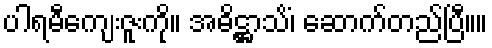
ပါရမီကျေးဇူးကို။ အဓိဋ္ဌာသိံ၊ ဆောက်တည်ပြီ။။